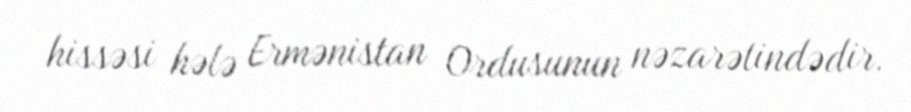
hissəsi hələ Ermənistan Ordusunun nəzarətindədir.